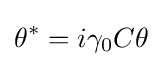
\theta ^{*}=i\gamma _{0}C\theta